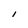
Character: I